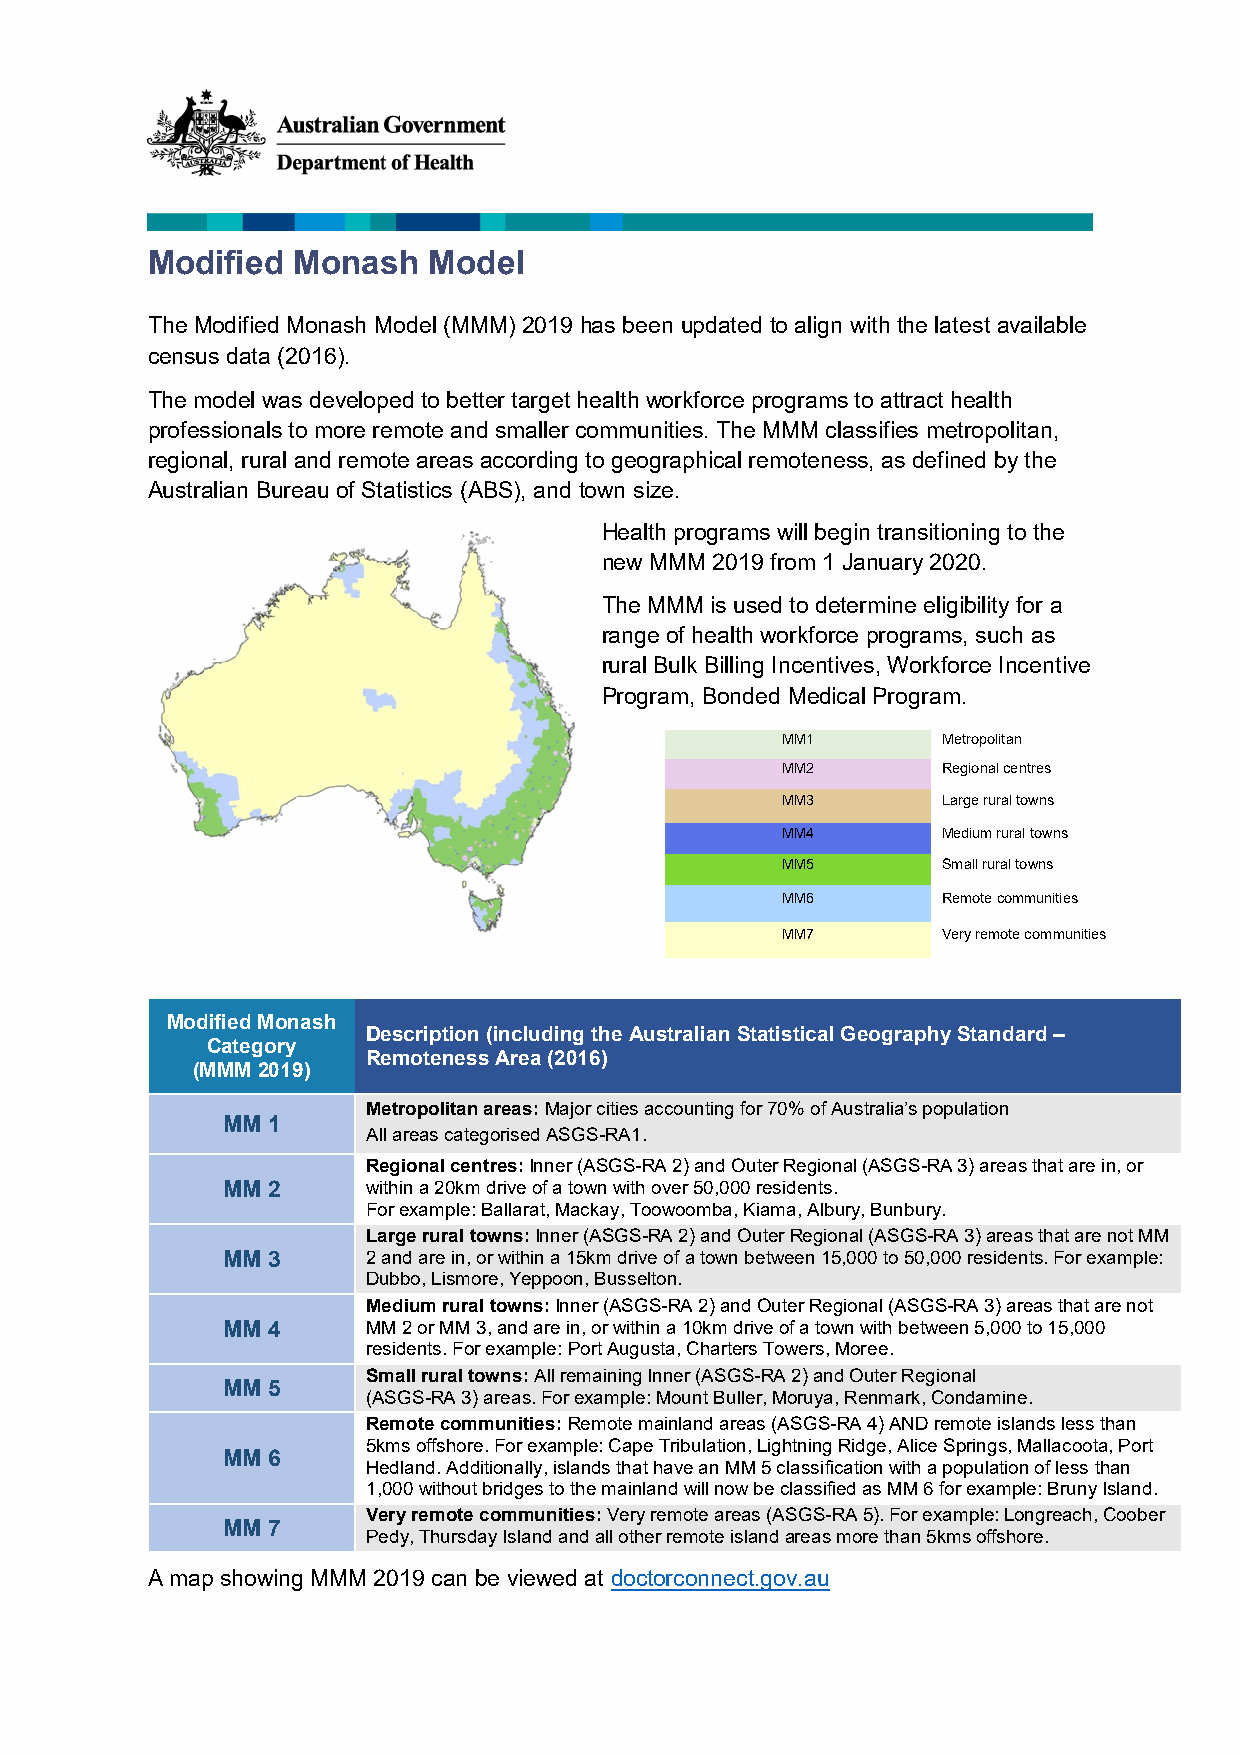
Modified Monash   Model
 The Modified Monash Model (MMM) 2019 has been updated to align with the latest available
 census data (2016).
 The model was developed to better target health workforce programs to attract health
 professionals to more remote and smaller communities. The MMM classifies metropolitan,
 regional, rural and remote areas according to geographical remoteness, as defined by the
 Australian Bureau of Statistics (ABS), and town size.
 Health programs will begin transitioning to the
 new MMM 2019 from 1 January 2020.
 The MMM is used to determine eligibility for a
 range of health workforce programs, such as
 rural Bulk Billing Incentives, Workforce Incentive
 Program, Bonded Medical Program.
 MM1       Metropolitan
 MM2       Regional centres
 MM3       Large rural towns
 MM4       Medium rural towns
 MM5       Small rural towns
 MM6       Remote communities
 MM7       Very remote communities
 Modified Monash
 Description (including the Australian Statistical Geography Standard –
 Category
 Remoteness Area (2016)
 (MMM 2019)
 Metropolitan areas: Major cities accounting for 70% of Australia’s population
 MM 1
 All areas categorised ASGS-RA1.
 Regional centres: Inner (ASGS-RA 2) and Outer Regional (ASGS-RA 3) areas that are in, or
 MM 2     within a 20km drive of a town with over 50,000 residents.
 For example: Ballarat, Mackay, Toowoomba, Kiama, Albury, Bunbury.
 Large rural towns: Inner (ASGS-RA 2) and Outer Regional (ASGS-RA 3) areas that are not MM
 MM 3     2 and are in, or within a 15km drive of a town between 15,000 to 50,000 residents. For example:
 Dubbo, Lismore, Yeppoon, Busselton.
 Medium rural towns: Inner (ASGS-RA 2) and Outer Regional (ASGS-RA 3) areas that are not
 MM 4     MM 2 or MM 3, and are in, or within a 10km drive of a town with between 5,000 to 15,000
 residents. For example: Port Augusta, Charters Towers, Moree.
 Small rural towns: All remaining Inner (ASGS-RA 2) and Outer Regional
 MM 5
 (ASGS-RA 3) areas. For example: Mount Buller, Moruya, Renmark, Condamine.
 Remote communities: Remote mainland areas (ASGS-RA 4) AND remote islands less than
 5kms offshore. For example: Cape Tribulation, Lightning Ridge, Alice Springs, Mallacoota, Port
 MM 6
 Hedland. Additionally, islands that have an MM 5 classification with a population of less than
 1,000 without bridges to the mainland will now be classified as MM 6 for example: Bruny Island.
 Very remote communities: Very remote areas (ASGS-RA 5). For example: Longreach, Coober
 MM 7
 Pedy, Thursday Island and all other remote island areas more than 5kms offshore.
 A map showing MMM 2019 can be viewed at doctorconnect.gov.au